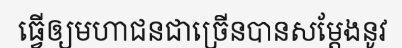
ធ្វើឲ្យមហាជនជាច្រើនបានសម្តែងនូវ